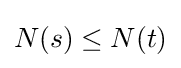
N(s)\leq N(t)